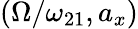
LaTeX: (\Omega/\omega_{21},a_{x})